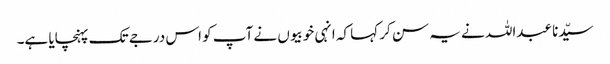
سیّدنا عبداللہ نے یہ سن کر کہا کہ انہی خوبیوں نے آپ کو اس درجے تک پہنچایا ہے۔